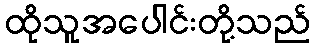
ထိုသူအပေါင်းတို့သည်